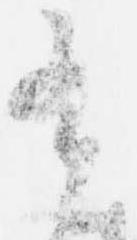
有